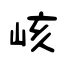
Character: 峐